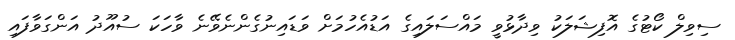
ސިވިލް ކޯޓުގެ އޮފިޝަލަކު ވިދާޅުވީ މައްސަލައިގެ އަޑުއެހުމަށް ވަޑައިނުގެންނެވޭނެ ވާހަކަ ސުއޫދު އަންގަވާފައި